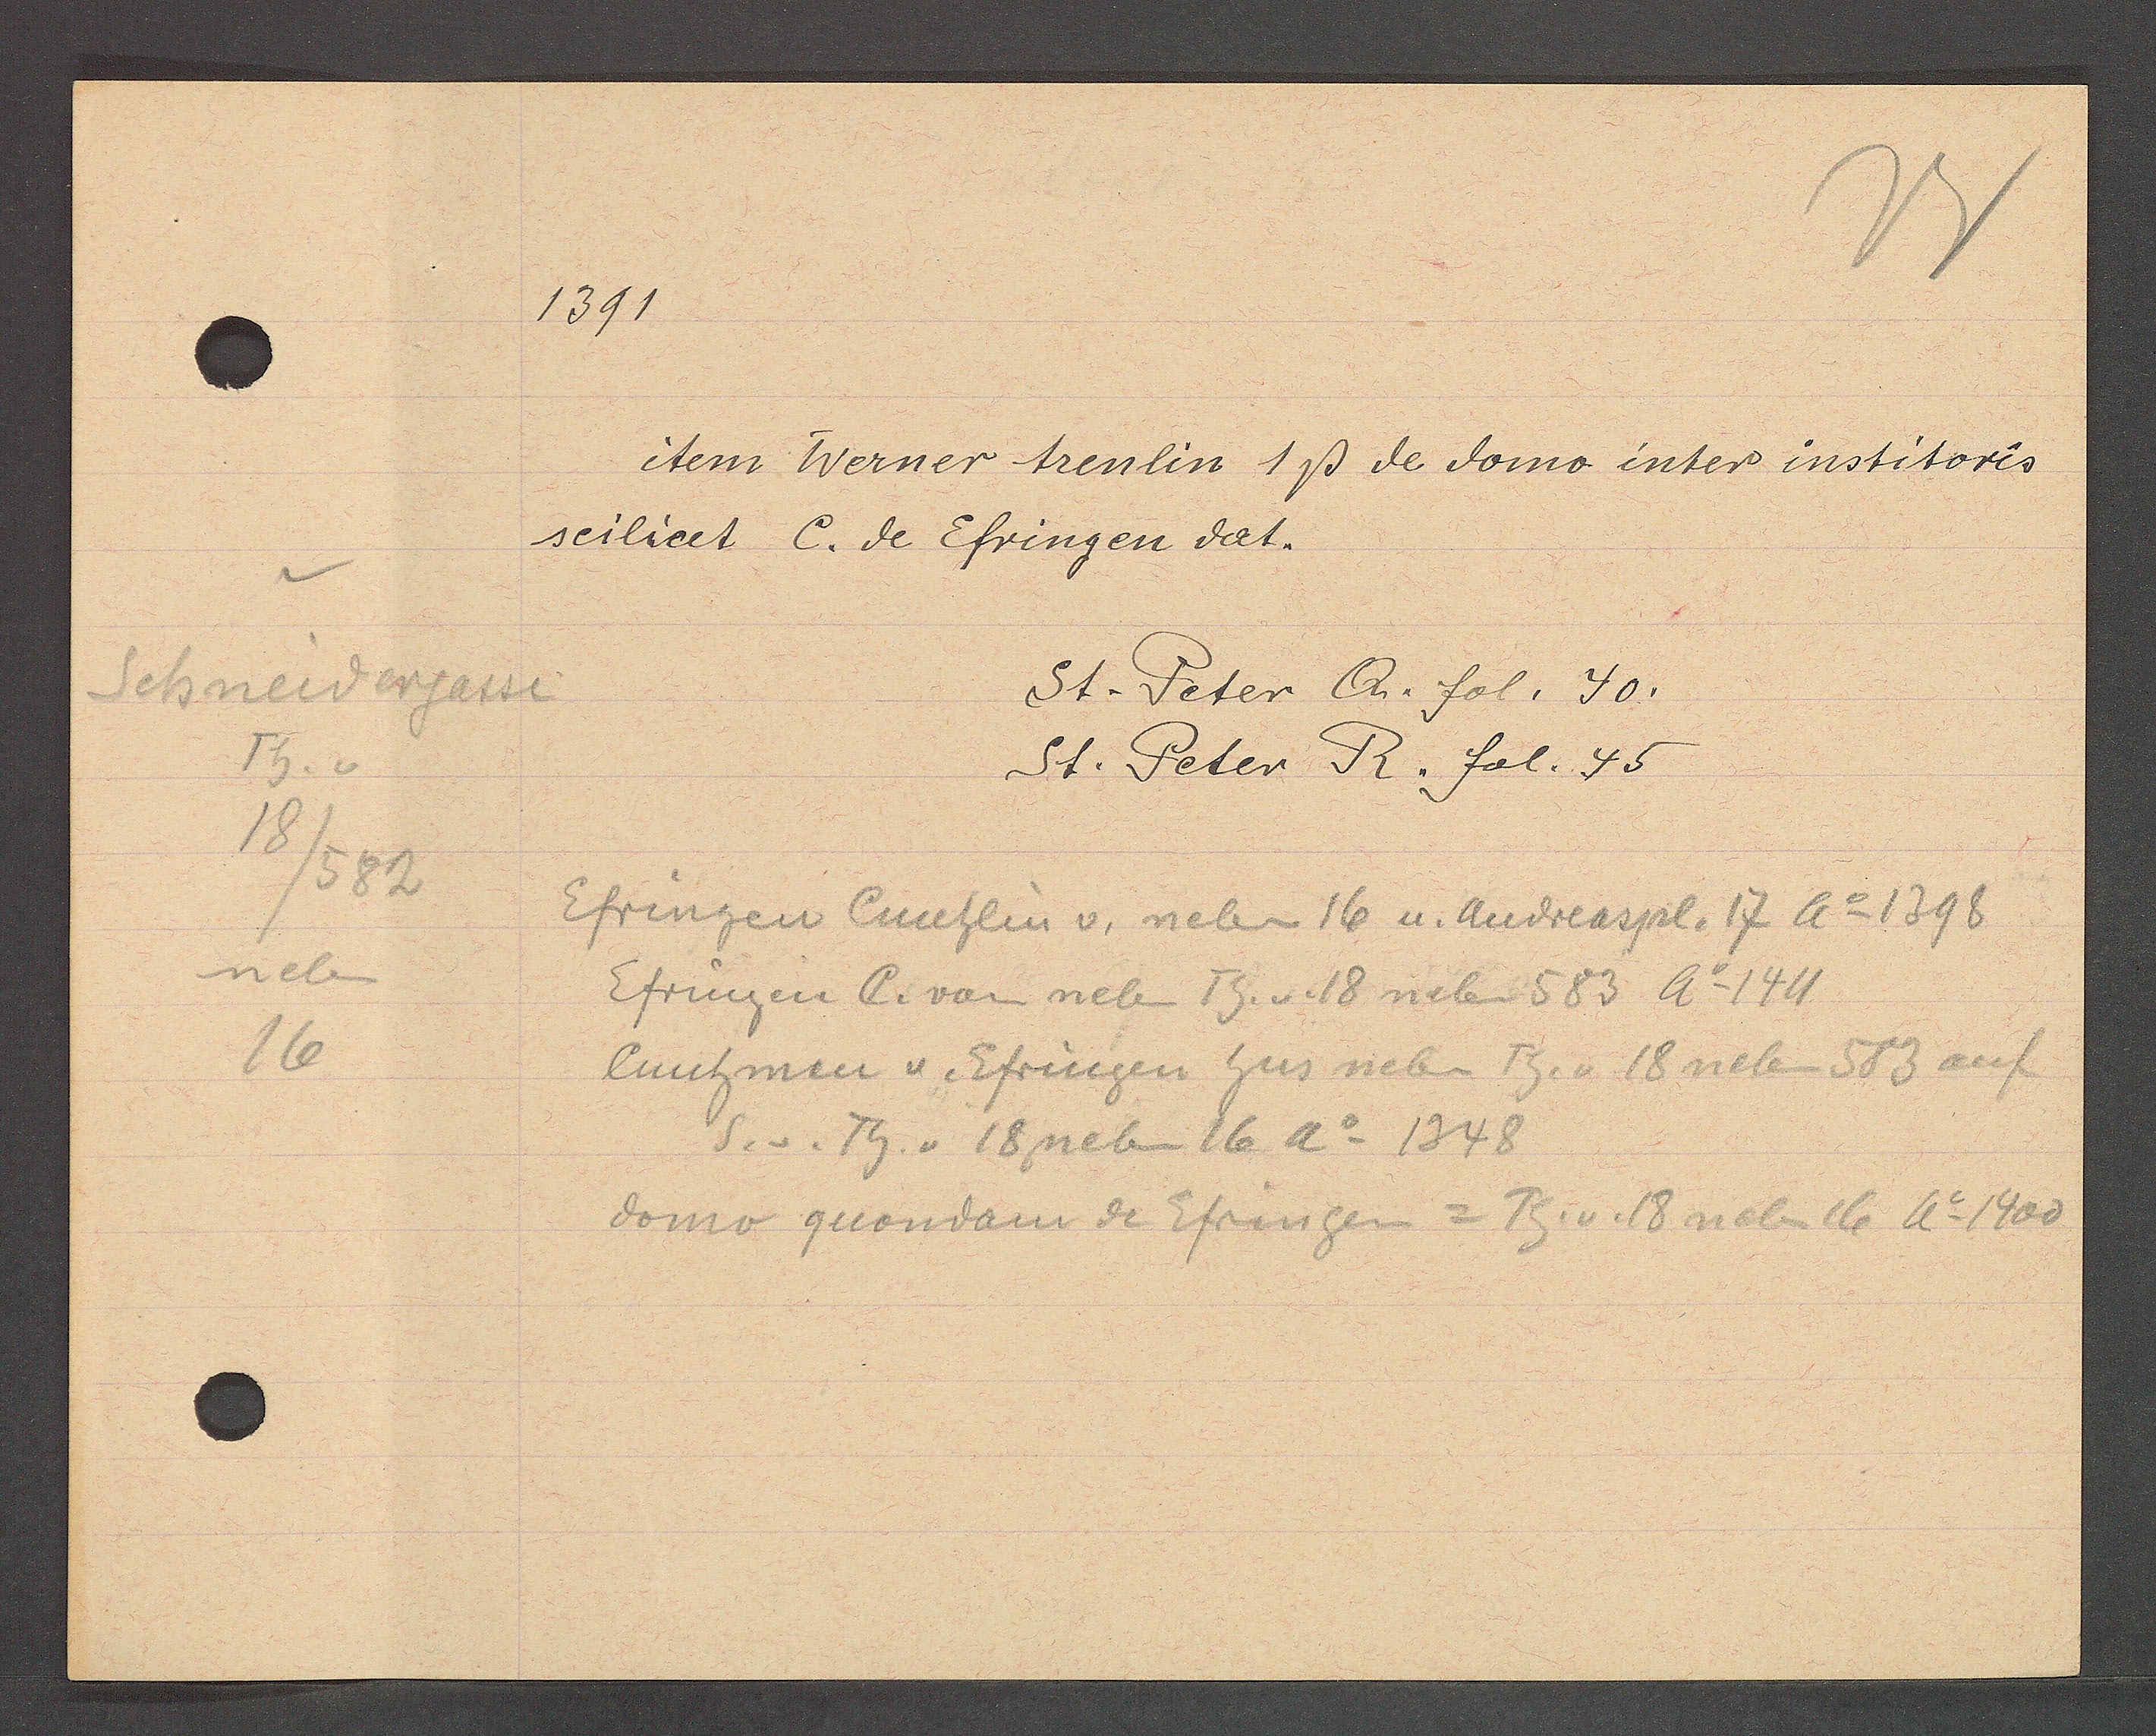
Transcript:
Schneidergasse
Th. v
18
/582
neben
16

1391

item Werner trenlin 1ß de domo inter institoris
seilicet C. de Efringen dat.

St. Peter Q. fol. 40.
St. Peter R. fol. 45

Efringen Cuntlin v. neben 16 u. Andreaspl. 17 Ao 1398
Efringen C. von neben Th. v. 18 neben 583 Ao 1411
luntzman u. Efringen hus neben Th. v. 18 neben 583 auf
S. v. Th. v 18 neben 16 Ao 1348
domo quondam de Efringen = Th. v. 18 neben 16 Ao 1400